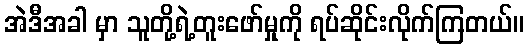
အဲဒီအခါ မှာ သူတို့ရဲ့တူးဖော်မှုကို ရပ်ဆိုင်းလိုက်ကြတယ်။